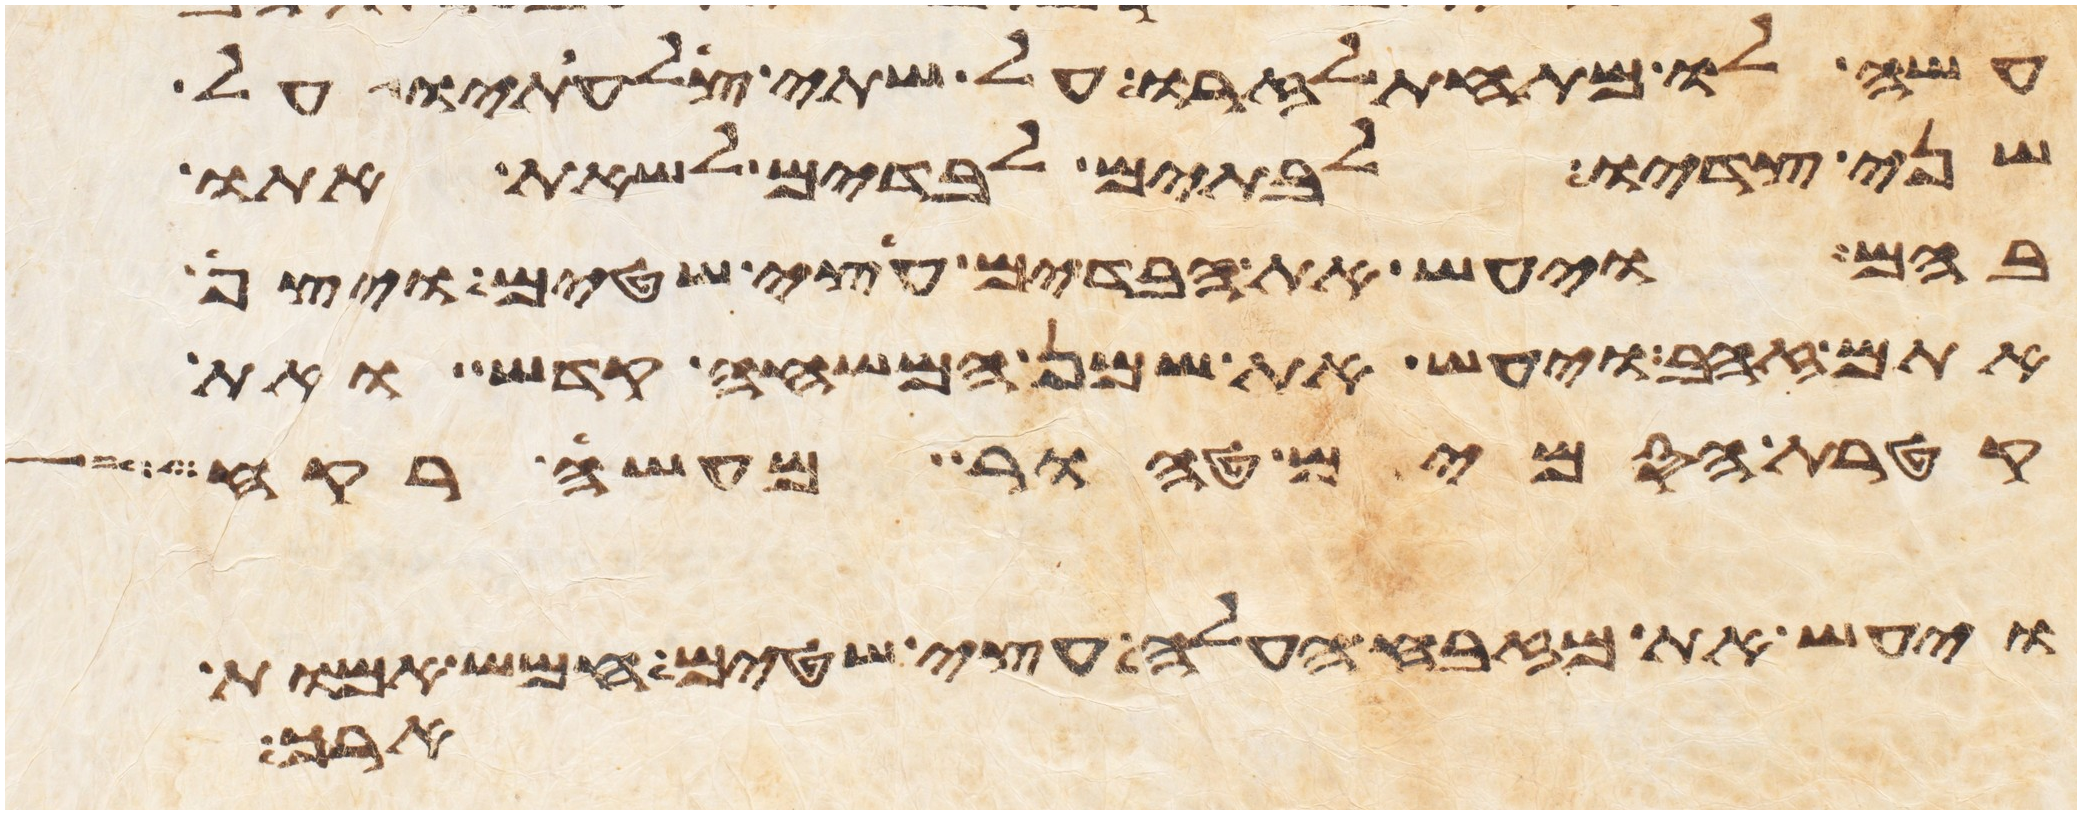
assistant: עשה לו מתחת לזרו על שתי צלעתיו על
שני צדיו לבתים לבדים לשאת אתו
בהם ויעש את הבדים עצי שטים ויצף
אתם זהב ויעש את שמן המשחה קדש ואת
קטרת הסמים טהור מעשה רקח
ויעש את מזבח העלה עצי שטים חמש אמות
ארך